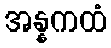
အန္နကထံ